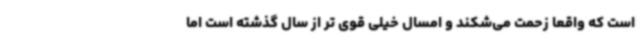
است که واقعا زحمت می‌شکند و امسال خیلی قوی تر از سال گذشته است اما